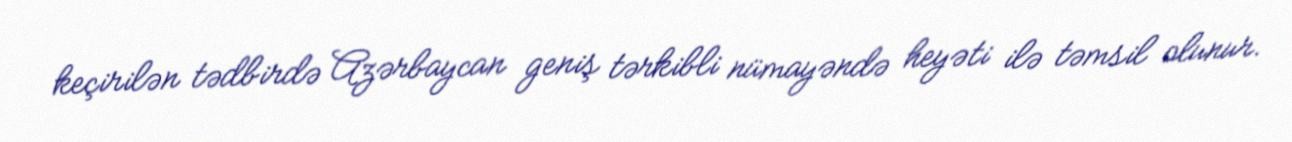
keçirilən tədbirdə Azərbaycan geniş tərkibli nümayəndə heyəti ilə təmsil olunur.